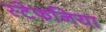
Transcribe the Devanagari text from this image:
स्टेफनिया